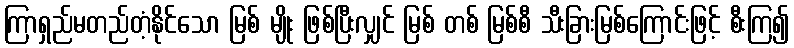
ကြာရှည်မတည်တံ့နိုင်သော မြစ် မျိုး ဖြစ်ပြီးလျှင် မြစ် တစ် မြစ်စီ သီးခြားမြစ်ကြောင်းဖြင့် စီးကြ၍